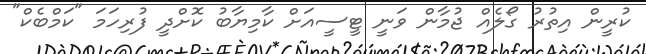
ކުރީން އިތުރު ގޯލެއް ޖުމާން ވަނީ ޓީސީއަށް ކާމިޔާބު ކޮށްދީ ފުރިހަމަ "ކަމްބެކް"